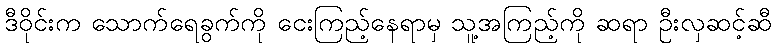
ဒီဝိုင်းက သောက်ရေခွက်ကို ငေးကြည့်နေရာမှ သူ့အကြည့်ကို ဆရာ ဦးလှဆင့်ဆီ